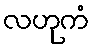
လဟုကံ